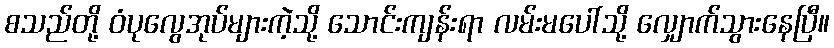
စသည်တို့ ဝံပုလွေအုပ်များကဲ့သို့ သောင်းကျန်းရာ လမ်းမပေါ်သို့ လျှောက်သွားနေပြီ။